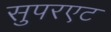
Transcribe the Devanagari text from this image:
सुपरएट